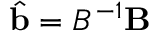
\hat { \mathbf { b } } = B ^ { - 1 } \mathbf { B }